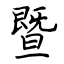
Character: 暨